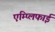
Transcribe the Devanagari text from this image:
एम्प्लिफाई